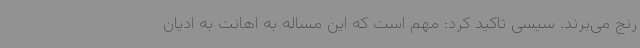
رنج می‌برند. سیسی تاکید کرد: مهم است که این مساله به اهانت به ادیان